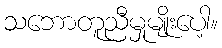
သဘောတူညီမှုမျိုးပေါ့။